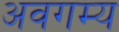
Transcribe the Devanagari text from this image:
अवगम्य